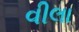
વીલા